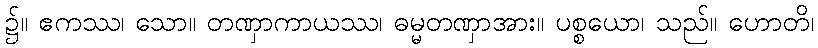
၌။ ဧကဿ၊ သော။ တဏှာကာယဿ၊ ဓမ္မတဏှာအား။ ပစ္စယော၊ သည်။ ဟောတိ၊